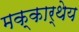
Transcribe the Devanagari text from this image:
मक्कार्थेय